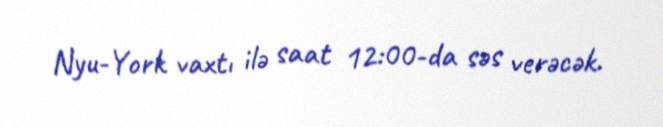
Nyu-York vaxtı ilə saat 12:00-da səs verəcək.